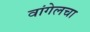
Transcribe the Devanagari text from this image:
वांगेलचा